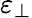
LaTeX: \varepsilon_{\perp}